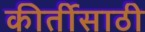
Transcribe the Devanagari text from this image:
कीर्तीसाठी